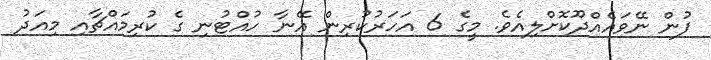
ފުން ނޭވައެއްދޫކޮށްލިއެވެ. މީގެ 6 އަހަރުކުރިން އޭނާ ހުއްޓުނި ގެ ކުރިމައްޗާއި މިއަދު